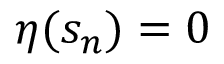
\eta ( s _ { n } ) = 0